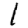
Digit: 1